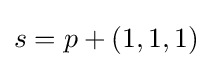
s=p+(1,1,1)